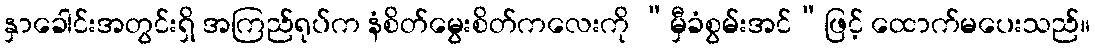
နှာခေါင်းအတွင်းရှိ အကြည်ရုပ်က နံစိတ်မွေးစိတ်ကလေးကို “မှီခံစွမ်းအင်”ဖြင့် ထောက်မပေးသည်။